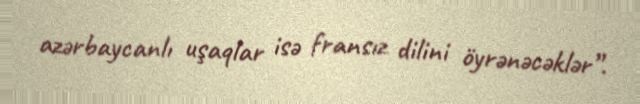
azərbaycanlı uşaqlar isə fransız dilini öyrənəcəklər”.